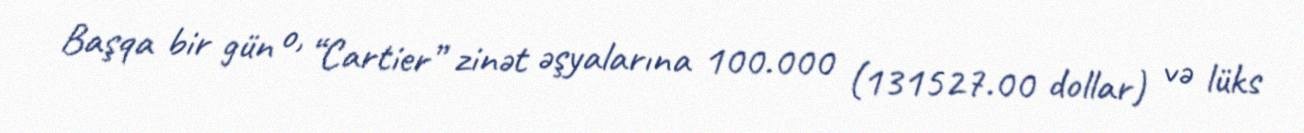
Başqa bir gün o, “Cartier” zinət əşyalarına 100.000 (131527.00 dollar) və lüks